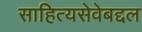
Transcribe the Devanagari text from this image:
साहित्यसेवेबद्दल